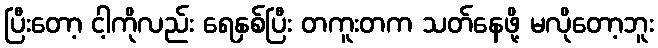
ပြီးတော့ ငါ့ကိုလည်း ရေနှစ်ပြီး တကူးတက သတ်နေဖို့ မလိုတော့ဘူး